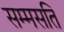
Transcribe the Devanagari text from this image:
सम्मसति